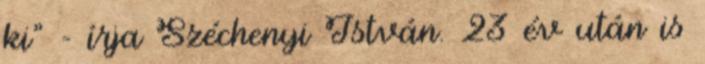
ki" - írja Széchenyi István. 23 év után is